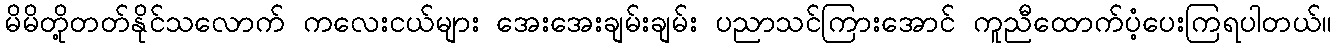
မိမိတို့တတ်နိုင်သလောက် ကလေးငယ်များ အေးအေးချမ်းချမ်း ပညာသင်ကြားအောင် ကူညီထောက်ပံ့ပေးကြရပါတယ်။